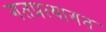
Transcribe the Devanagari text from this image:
गतप्रत्यागत